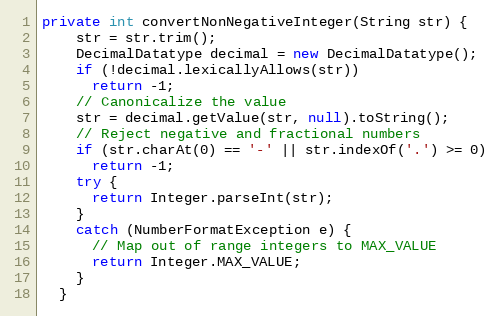
Language: Java
private int convertNonNegativeInteger(String str) {
    str = str.trim();
    DecimalDatatype decimal = new DecimalDatatype();
    if (!decimal.lexicallyAllows(str))
      return -1;
    // Canonicalize the value
    str = decimal.getValue(str, null).toString();
    // Reject negative and fractional numbers
    if (str.charAt(0) == '-' || str.indexOf('.') >= 0)
      return -1;
    try {
      return Integer.parseInt(str);
    }
    catch (NumberFormatException e) {
      // Map out of range integers to MAX_VALUE
      return Integer.MAX_VALUE;
    }
  }